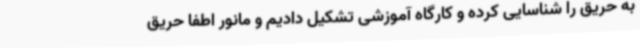
به حریق را شناسایی کرده و کارگاه آموزشی تشکیل دادیم و مانور اطفا حریق